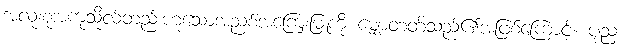
အလုံးစုံအကုသိုလ်တည်းဟူသောအညစ်အကြေးမြူကို မျှောတတ်သည်၏အဖြစ်ကြောင့်။ ပုညံ၊